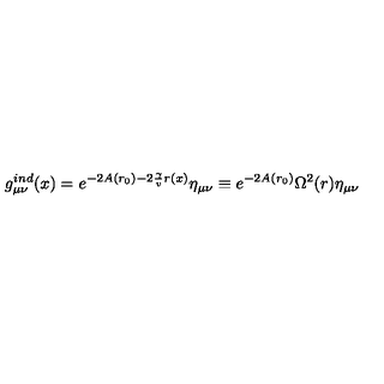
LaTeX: g _ { \mu \nu } ^ { i n d } ( x ) = e ^ { - 2 A ( r _ { 0 } ) - 2 \frac { \gamma } { v } r ( x ) } \eta _ { \mu \nu } \equiv e ^ { - 2 A ( r _ { 0 } ) } \Omega ^ { 2 } ( r ) \eta _ { \mu \nu }